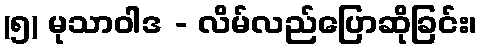
(၅) မုသာဝါဒ - လိမ်လည်ပြောဆိုခြင်း၊